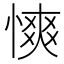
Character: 慡